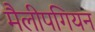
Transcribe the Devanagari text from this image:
मैलीपगियन